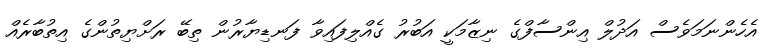
އެހެންނަމަވެސް އަދުލް އިންސާފްގެ ނިޒާމަކީ އަބުރު ގެއްލިފައިވާ ފަނޑިޔާރުން ތިބޭ ރަށްޔިތުންގެ އިތުބާރެއް